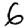
Digit: 6